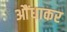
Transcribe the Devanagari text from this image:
आैंधाकर